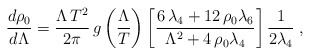
\begin{align*}\frac{d\rho_{0}}{d\Lambda} = \frac{\Lambda\,T^2}{2\pi}\,g\left(\frac{\Lambda}{T}\right)\left[{\frac {6\,\lambda_{{4}}+12\,\rho_{{0}}\lambda_{{6}}}{{\Lambda}^{2}+4\,\rho_{{0}}\lambda_{{4}}}}\right]\frac{1}{2\lambda_{4}}\; , \end{align*}